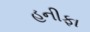
હનીફા